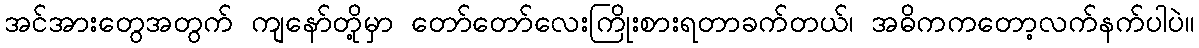
အင်အားတွေအတွက် ကျနော်တို့မှာ တော်တော်လေးကြိုးစားရတာခက်တယ်၊ အဓိကကတော့လက်နက်ပါပဲ။